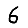
Digit: 6